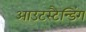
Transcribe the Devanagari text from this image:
आउटस्टैन्डिंग